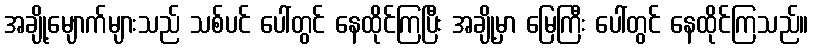
အချို့မျောက်များသည် သစ်ပင် ပေါ်တွင် နေထိုင်ကြပြီး အချို့မှာ မြေကြီး ပေါ်တွင် နေထိုင်ကြသည်။